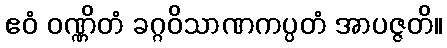
ဧဝံ ဝဏ္ဏိတံ ခဂ္ဂဝိသာဏကပ္ပတံ အာပဇ္ဇတိ။